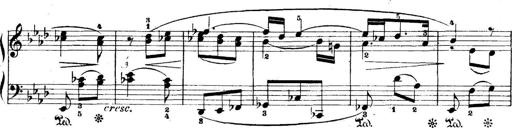
Title: 5 Sonatinas
Composer: Theodor Kirchner